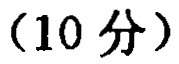
（10 分）